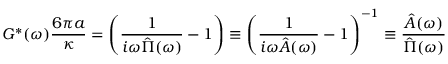
G ^ { * } ( \omega ) \frac { 6 \pi a } { \kappa } = \left( \frac { 1 } { i \omega \hat { \Pi } ( \omega ) } - 1 \right) \equiv \left( \frac { 1 } { i \omega \hat { A } ( \omega ) } - 1 \right) ^ { - 1 } \equiv \frac { \hat { A } ( \omega ) } { \hat { \Pi } ( \omega ) }